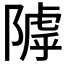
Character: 𨻲